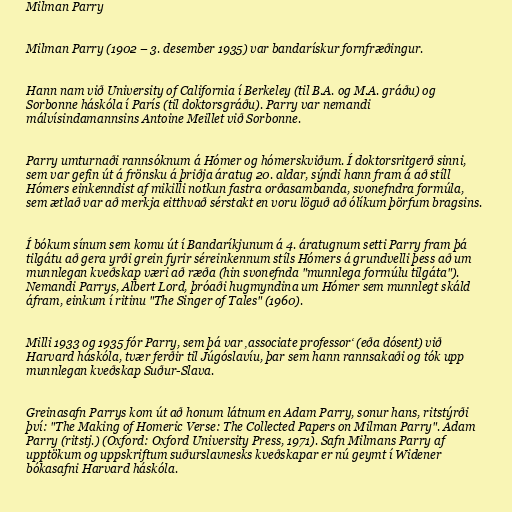
Milman Parry

Milman Parry (1902 – 3. desember 1935) var bandarískur fornfræðingur.

Hann nam við University of California í Berkeley (til B.A. og M.A. gráðu) og
Sorbonne háskóla í París (til doktorsgráðu). Parry var nemandi
málvísindamannsins Antoine Meillet við Sorbonne.

Parry umturnaði rannsóknum á Hómer og hómerskviðum. Í doktorsritgerð sinni,
sem var gefin út á frönsku á þriðja áratug 20. aldar, sýndi hann fram á að stíll
Hómers einkenndist af mikilli notkun fastra orðasambanda, svonefndra formúla,
sem ætlað var að merkja eitthvað sérstakt en voru löguð að ólíkum þörfum bragsins.

Í bókum sínum sem komu út í Bandaríkjunum á 4. áratugnum setti Parry fram þá
tilgátu að gera yrði grein fyrir séreinkennum stíls Hómers á grundvelli þess að um
munnlegan kveðskap væri að ræða (hin svonefnda "munnlega formúlu tilgáta").
Nemandi Parrys, Albert Lord, þróaði hugmyndina um Hómer sem munnlegt skáld
áfram, einkum í ritinu "The Singer of Tales" (1960).

Milli 1933 og 1935 fór Parry, sem þá var ‚associate professor‘ (eða dósent) við
Harvard háskóla, tvær ferðir til Júgóslavíu, þar sem hann rannsakaði og tók upp
munnlegan kveðskap Suður-Slava.

Greinasafn Parrys kom út að honum látnum en Adam Parry, sonur hans, ritstýrði
því: "The Making of Homeric Verse: The Collected Papers on Milman Parry". Adam
Parry (ritstj.) (Oxford: Oxford University Press, 1971). Safn Milmans Parry af
upptökum og uppskriftum suðurslavnesks kveðskapar er nú geymt í Widener
bókasafni Harvard háskóla.